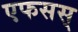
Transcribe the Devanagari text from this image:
एफसस्